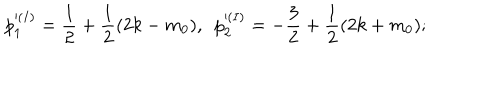
LaTeX: p _ { 1 } ^ { ( I ) } = \frac { 1 } { 2 } + \frac { 1 } { 2 } ( 2 k - m _ { 0 } ) , ~ ~ p _ { 2 } ^ { ( I ) } = - \frac { 3 } { 2 } + \frac { 1 } { 2 } ( 2 k + m _ { 0 } ) ;